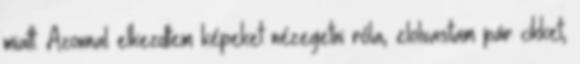
miatt. Azonnal elkezdtem képeket nézegetni róla, elolvastam pár cikket,